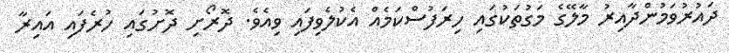
ދައުރުވަމުންދާއިރު މާލޭގެ މަގުތަކުގައި ހިރަފުސްކަމެއް އެކުލެވިފައި ވިއެވެ. ދޮރޯށި ދޮށުގައި ހުރެފައި އައިރާ